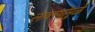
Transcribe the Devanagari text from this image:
लावण्यांमुळे